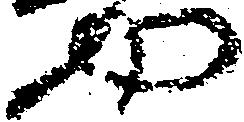
や